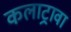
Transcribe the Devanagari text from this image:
कलाट्रावा